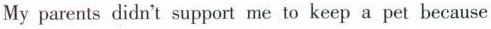
My parents didn't support me to keep a pet because